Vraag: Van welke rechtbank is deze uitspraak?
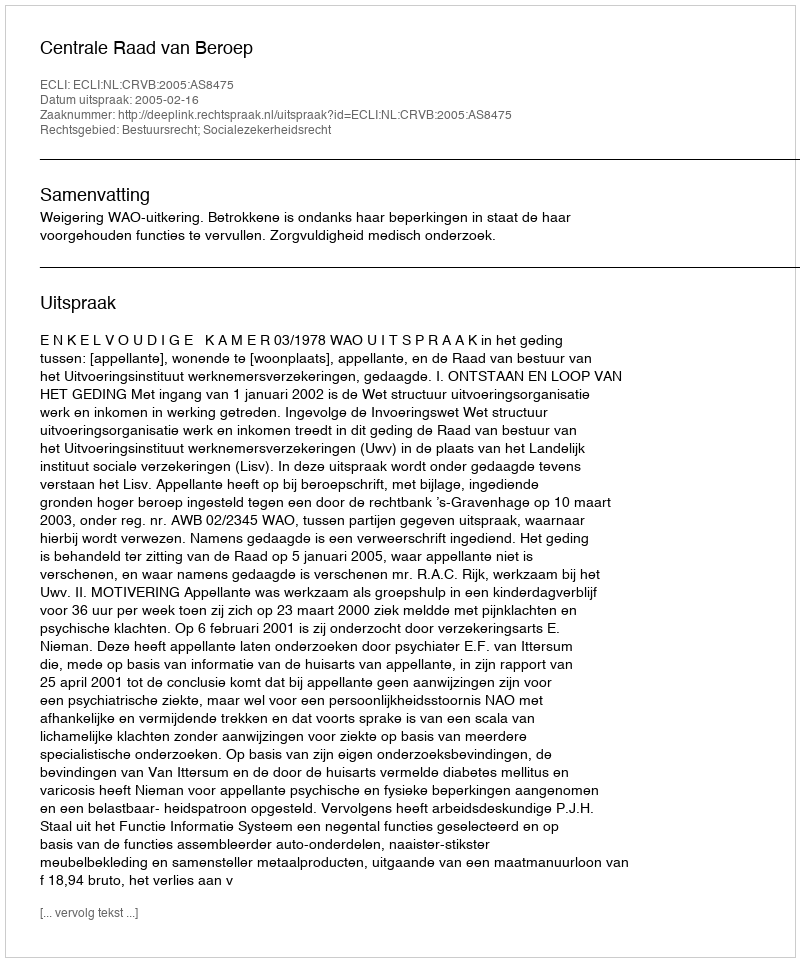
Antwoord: Centrale Raad van Beroep